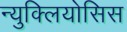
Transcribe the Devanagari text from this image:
न्युक्लियोसिस